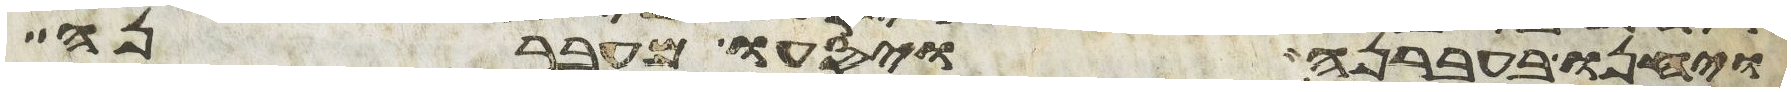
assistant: ויחנו בעברנה ויסעו מעברנה